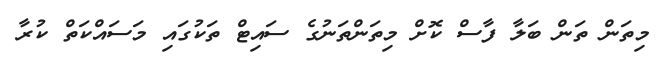
މިތަން ތަން ބަލާ ފާސް ކޮށް މިތަންތަނުގެ ސައިޓް ތަކުގައި މަސައްކަތް ކުރާ